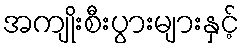
အကျိုးစီးပွားများနှင့်